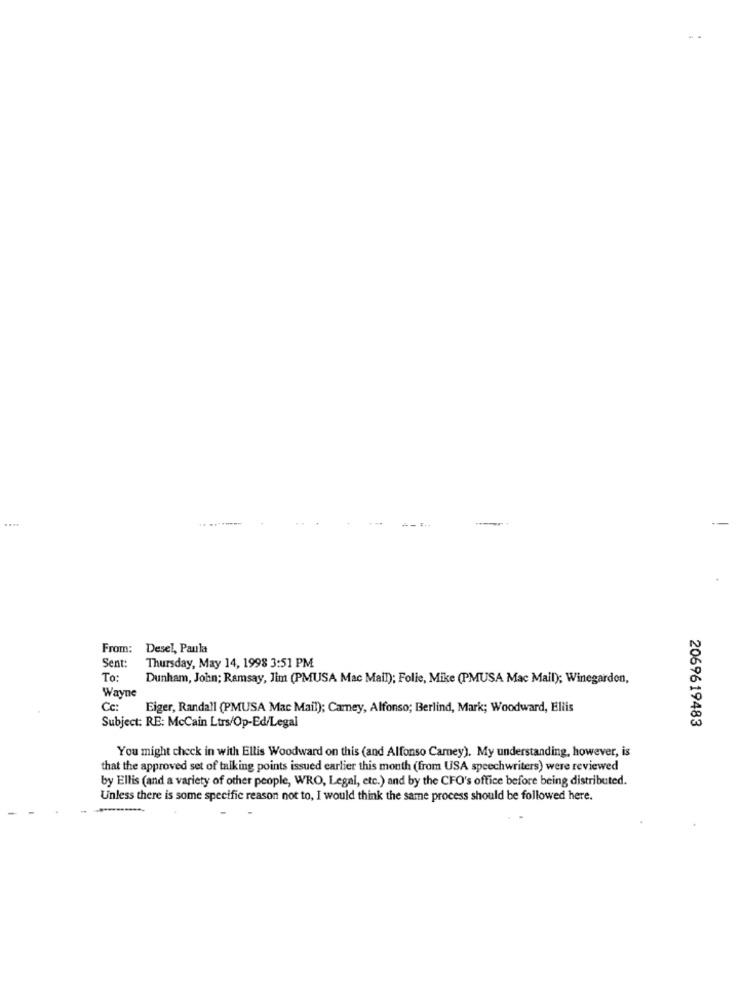
....
From: Desel, Paula
Sent:
Thursday, May 14, 1998 3:51 PM
To:
Dunham, John; Ramsay, Jim (PMUSA Mac Mail); Folie, Mike (PMUSA Mac Mail); Winegarden,
Wayne
Cc:
Eiger, Randall (PMUSA Mac Mail); Camey, Alfonso; Berlind, Mark; Woodward, Ellis
Subject: RE: McCain Ltrs/Op-Ed/Legal
2069619483
You might check in with Ellis Woodward on this (and Alfonso Camey). My understanding, however, is
that the approved set of talking points issued earlier this month (from USA speechwriters) were reviewed
by Ellis (and a variety of other people, WRO, Legal, etc.) and by the CFO's office before being distributed.
Unless there is some specific reason not to, I would think the same process should be followed here.